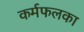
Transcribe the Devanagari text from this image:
कर्मफलका